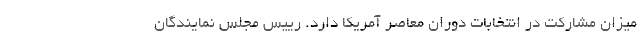
میزان مشارکت در انتخابات دوران معاصر آمریکا دارد. رییس مجلس نمایندگان